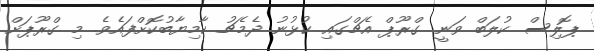
ޕޮލިސް ކުލަބް ވަނީ ގްރޫޕް އެޗްގައި ކުޅުނު ދެމެޗު ކާމިޔާބުކޮށްފައެވެ. މި ގްރޫޕަށް